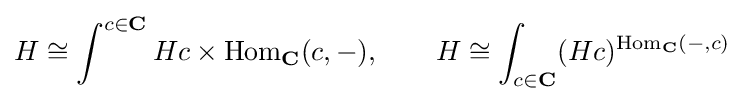
H\cong \int ^{c\in \mathbf {C} }Hc\times \mathrm {Hom} _{\mathbf {C} }(c,-),\qquad H\cong \int _{c\in \mathbf {C} }(Hc)^{\mathrm {Hom} _{\mathbf {C} }(-,c)}